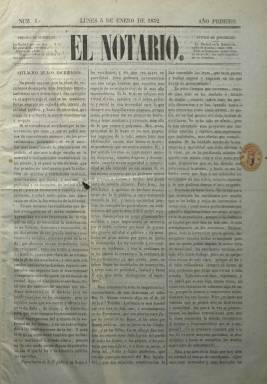
Título: El Notario (Madrid)
Colección: Derecho
Ámbito geográfico: Madrid
Lugar de publicación: Madrid
Fechas: 05/01/1852-06/12/1852

Semanario de carácter profesional dedicado a asuntos de los escribanos de número y también de los notarios. Publica hasta 49 entregas, desde el cinco de enero al seis de diciembre de 1852. Sus números son de cuatro páginas (sin foliar), compuestas a tres columnas. Estampado en la imprenta de José Cosme de la Peña, salía cada lunes y a partir del cinco de abril aumenta ligeramente su formato. Inserta artículos doctrinales y de carácter profesional y técnico, algunos de ellos remitidos, en un momento en el que esta institución “depositaria de la fe pública” se enfrenta a reformas legales y reglamentarias del derecho notarial y su ejercicio.

Tiene secciones de Correspondencia de provincias y Parte oficial, insertando en esta, sobre todo, la legislación y normativa emanada del Ministerio de Gracia y Justicia. En la sección Gacetilla cuenta y comenta causas judiciales o noticias publicadas por la prensa en relación con esta profesión y sus funciones públicas. Publica también el proyecto de ley del Notariado, que sería aprobado definitivamente en 1862. Así mismo, da cuenta de las reformas en la Administración de Justicia, y en concreto de la planta y demarcación territorial de los tribunales. También ofrece noticias sobre subastas.

Ese mismo año 1852 se publicaron en Madrid otros semanarios del mismo carácter y naturaleza, como Gaceta del notariado español; El Notariado, que lo hizo de mayo a julio, y Semanario del notariado español de España y ultramar, que comenzó a publicarse el cuatro de julio de 1852, cuyo propietario y director era José Gonzalo de las Casas